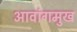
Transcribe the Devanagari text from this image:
आवांगमुख